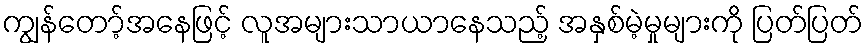
ကျွန်တော့်အနေဖြင့် လူအများသာယာနေသည့် အနှစ်မဲ့မှုများကို ပြတ်ပြတ်